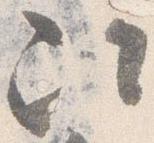
次